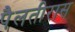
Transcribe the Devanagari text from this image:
पैलतीरास